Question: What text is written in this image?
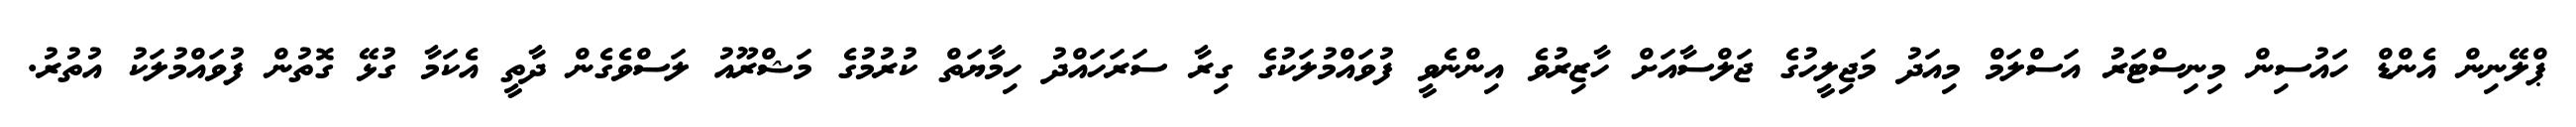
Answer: ޕްލޭނިން އެންޑް ހައުސިން މިނިސްޓަރު އަސްލަމް މިއަދު މަޖިލީހުގެ ޖަލްސާއަށް ހާޒިރުވެ އިންނެވީ ފުވައްމުލަކުގެ ގިރާ ސަރަހައްދު ހިމާޔަތް ކުރުމުގެ މަޝްރޫއު ލަސްވެގެން ދާތީ އެކަމާ ގުޅޭ ގޮތުން ފުވައްމުލަކު އުތުރު.